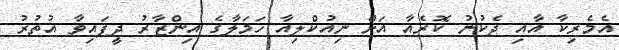
އެމެރިކާ އާއި ދެކުނު ކޮރެއާ އަށް ނިއުކްލިއާ ހަމަލާގެ އިންޒާރު ދީފައިވާ އުތުރު